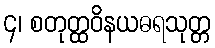
၄၊ စတုတ္ထဝိနယဓရသုတ္တ